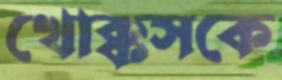
খোক্কসকে